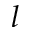
l